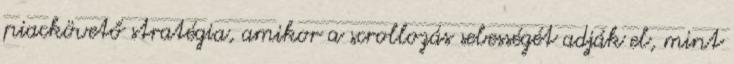
piackövető stratégia, amikor a scrollozás sebességét adják el, mint